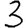
Digit: 3